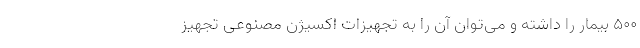
۵۰۰ بیمار را داشته و می‌توان آن را به تجهیزات اکسیژن مصنوعی تجهیز